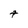
Character: t